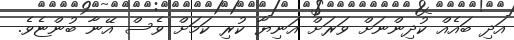
އަދި ބައެއް ކުދިންނަށް ވަރަށް އަނިޔާ ކުރި ކަމަށް ވެސް އޭނާ ބުންޏެވެ.